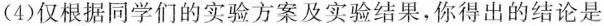
(4)仅根据同学们的实验方案及实验结果，你得出的结论是